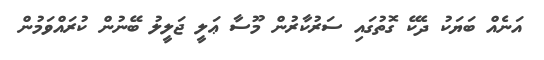
އަނެއް ބަޔަކު ދެކޭ ގޮތުގައި ސަރުކާރުން މޫސާ ޢަލީ ޖަލީލު ބޭނުން ކުރައްވަމުން